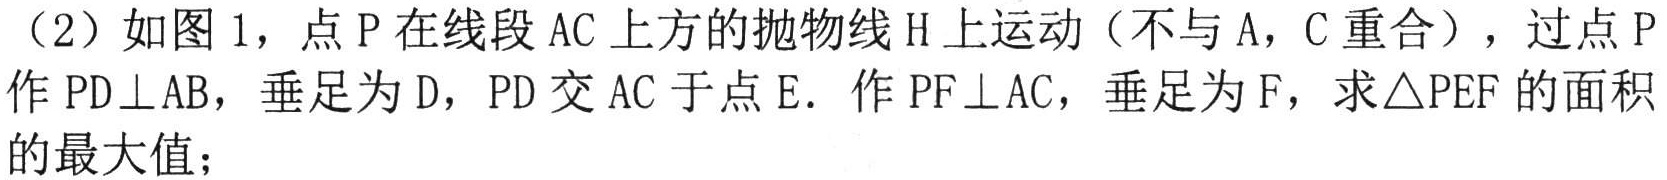
（2）如图1，点\(P\)在线段\(AC\)上方的抛物线\(H\)上运动（不与\(A\)，\(C\)重合），过点\(P\)作\(PD\perp AB\)，垂足为\(D\)，\(PD\)交\(AC\)于点\(E\)．作\(PF\perp AC\)，垂足为\(F\)，求\(\triangle PEF\)的面积的最大值；